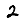
Digit: 2